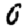
Digit: 0